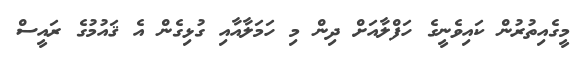
މީގެއިތުރުން ކައިވެނީގެ ހަފްލާއަށް ދިން މި ހަމަލާއާއި ގުޅިގެން އެ ޤައުމުގެ ރައީސް